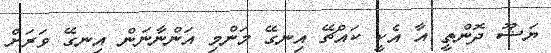
ޔަޝޫ ދޮންތީ އާ އެކީ ކައްޗޭ އިނގޭ މަންމި އަންނާނަން އިނގޭ ވަރަށް